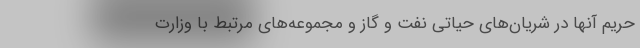
حریم آنها در شریان‌های حیاتی نفت و گاز و مجموعه‌های مرتبط با وزارت